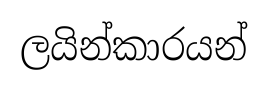
ලයින්කාරයන්